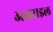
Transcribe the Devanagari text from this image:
अजराइल